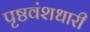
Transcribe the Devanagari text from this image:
पृष्ठवंशधारी